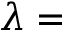
\lambda =